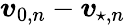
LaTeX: \boldsymbol{v}_{0,n}-\boldsymbol{v}_{\! \; \! \star,n}